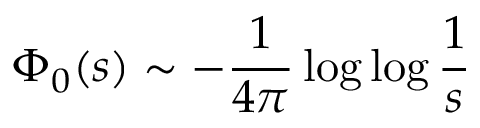
\Phi _ { 0 } ( s ) \sim - \frac { 1 } { 4 \pi } \log \log \frac { 1 } { s }